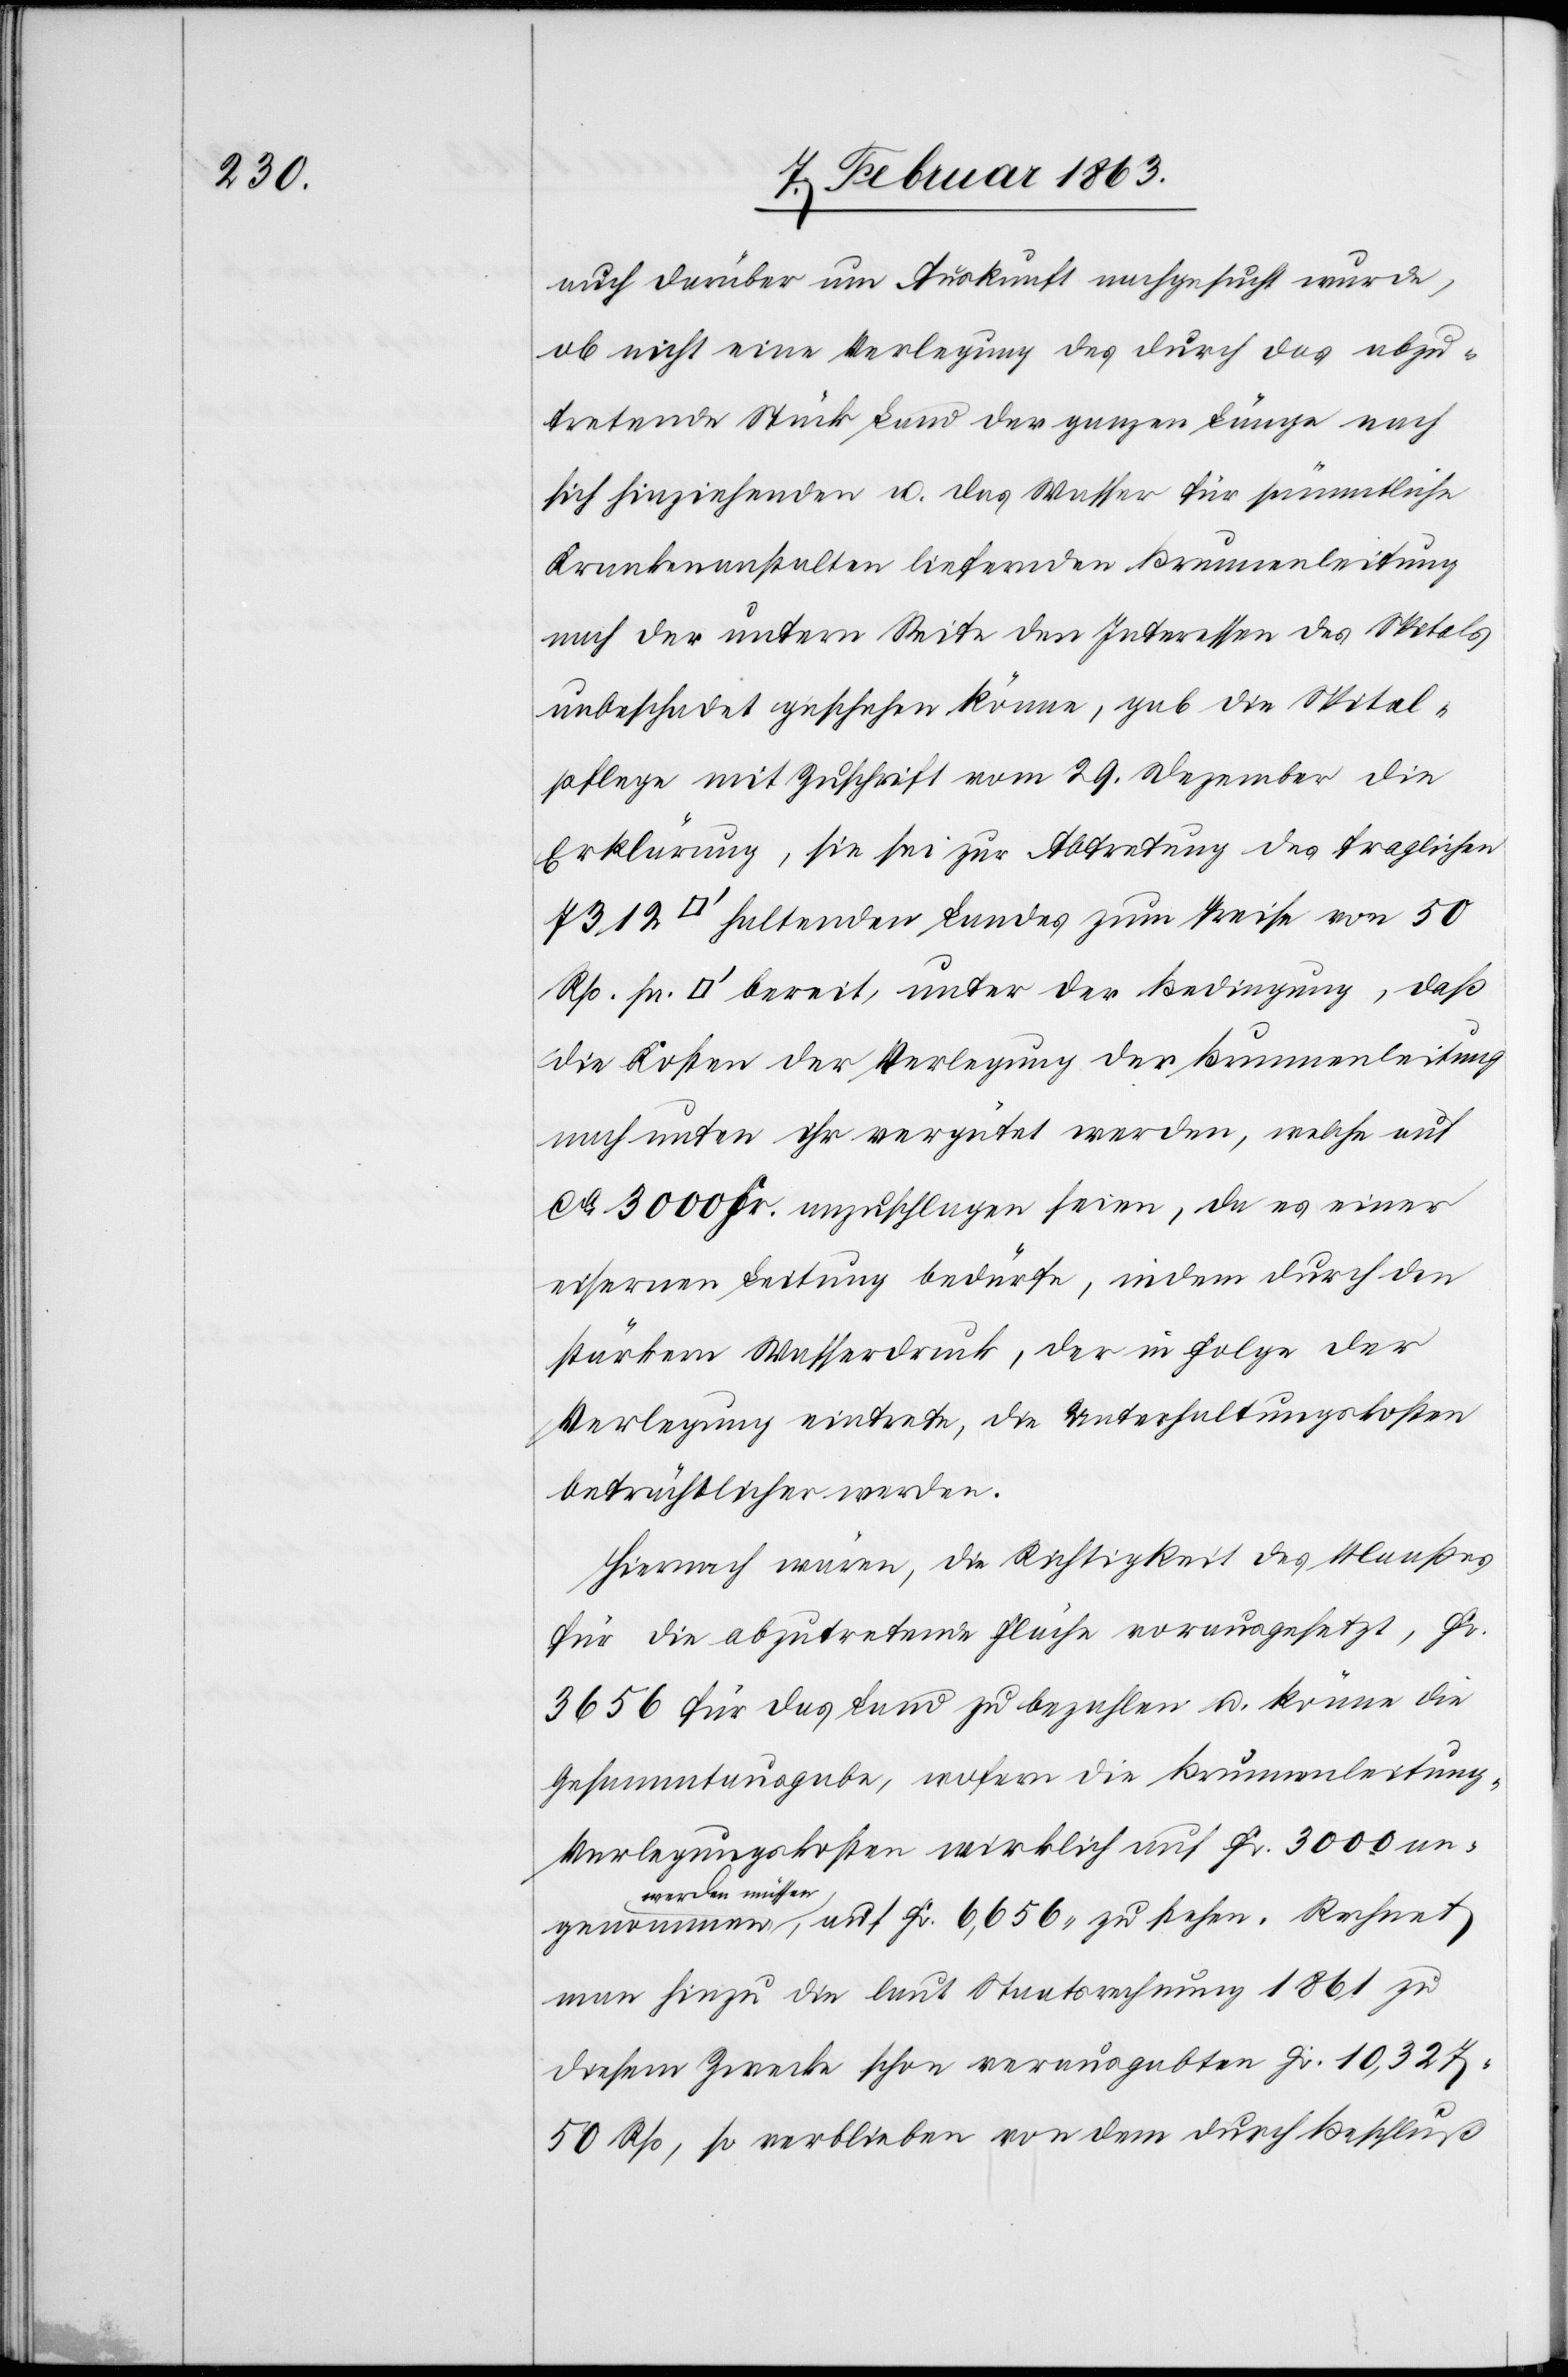
auch darüber um Auskunft nachgesucht wurde,
ob nicht eine Verlegung des [sic!] durch das abzu¬
tretende Stück Land der ganzen Länge nach
sich hinziehenden u. das Wasser für sämmtliche
Krankenanstalten liefernden Brunnenleitung
nach der untern Seite den Interessen des Spitals
unbeschadet geschehen könne, gab die Spital¬
pflege mit Zuschrift vom 29. Dezember die
Erklärung, sie sei zur Abtretung des fraglichen
haltenden Landes zum Preise von 50
die Kosten der Verlegung der Brunnenleitung
nach unten ihr vergütet werden, welche auf
ca 3000 Fr. anzuschlagen seien, da es einer
eisernen Leitung bedürfe, indem durch den
stärkern Wasserdruck, der in Folge der
Verlegung eintrete, die Unterhaltungskosten
beträchtlicher werden.
Hiernach wären, die Richtigkeit des Maaßes
für die abzutretende Fläche vorausgesetzt, Fr.
3656 für das Land zu bezahlen u. könne die
Gesammtausgabe, wofern die Brunnenleitung-V¬
erlegungskosten wirklich auf Fr. 3000
werden müssen,
man hiezu die laut Staatsrechnung 1861 zu
diesem Zwecke schon verausgabten Fr. 10,327.
50 Rp, so verblieben von dem durch Beschluß